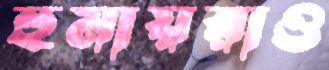
হুমায়রাও